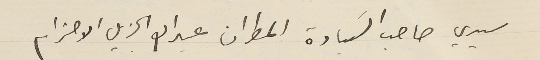
سيدي صاحب السَيادة المطران عبدالله الجزيل الاحترام